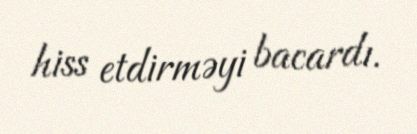
hiss etdirməyi bacardı.